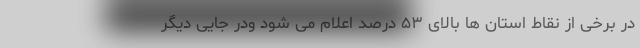
در برخی از نقاط استان ها بالای ۵۳ درصد اعلام می شود ودر جایی دیگر